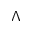
\Lambda